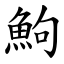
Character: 鮈